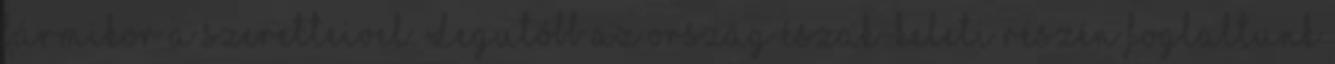
bármikor a szeretteivel. Legutóbb az ország észak-keleti részén foglaltunk